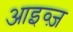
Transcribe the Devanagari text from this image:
आइव्ज़